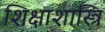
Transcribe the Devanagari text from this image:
शिक्षाशास्त्रि